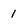
Character: 1